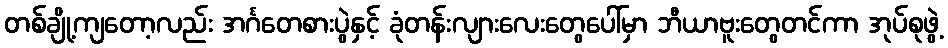
တစ်ချို့ကျတော့လည်း အင်္ဂတေစားပွဲနှင့် ခုံတန်းလျားလေးတွေပေါ်မှာ ဘီယာဗူးတွေတင်ကာ အုပ်စုဖွဲ့